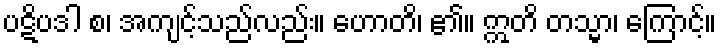
ပဋိပဒါ စ၊ အကျင့်သည်လည်း။ ဟောတိ၊ ၏။ ဣတိ တသ္မာ၊ ကြောင့်။